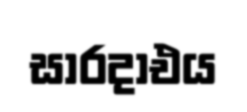
සාරදාඑය